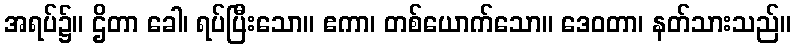
အရပ်၌။ ဌိတာ ခေါ၊ ရပ်ပြီးသော။ ဧကာ၊ တစ်ယောက်သော။ ဒေဝတာ၊ နတ်သားသည်။